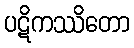
ပဋိကဿိတော